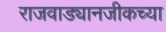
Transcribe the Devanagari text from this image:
राजवाड्यानजीकच्या